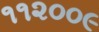
૧૧૨૦૦૯